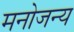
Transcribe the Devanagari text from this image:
मनोजन्य